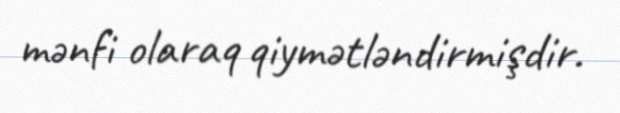
mənfi olaraq qiymətləndirmişdir.